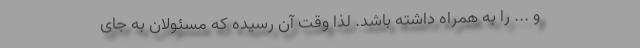
و ... را به همراه داشته باشد. لذا وقت آن رسیده که مسئولان به جای